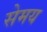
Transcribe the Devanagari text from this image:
सेमय